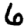
Digit: 6